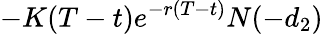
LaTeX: -K(T-t)e^{-r(T-t)}N(-d_{2})